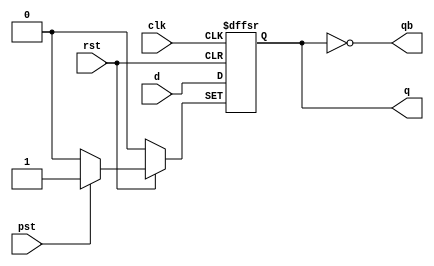
`timescale 1ns / 1ps
//////////////////////////////////////////////////////////////////////////////////
// Company: 
// Engineer: 
// 
// Design Name: 
// Module Name:    dff_neg 
// Project Name: 
// Target Devices: 
// Tool versions: 
// Description: 
//
// Dependencies: 
//
// Revision: 
// Revision 0.01 - File Created
// Additional Comments: 
//
//////////////////////////////////////////////////////////////////////////////////
//Implementation of negative edge-triggered D-FlipFlop with asynchronous active low reset and active high preset.

module dff_neg(
    input d,clk,rst,pst,
	 output reg q,
	 output qb
	 );
	 always@(negedge clk,negedge rst,posedge pst)
		begin 
			if(!rst) q<=1'b0;
			else if(pst) q<=1'b1;
			else q<=d;
		end
	 assign qb = ~q;
endmodule